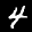
Label: 4